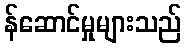
န်ဆောင်မှုများသည်